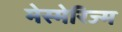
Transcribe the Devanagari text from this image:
मेस्मेरिज्म